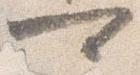
可